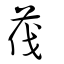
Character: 茷